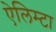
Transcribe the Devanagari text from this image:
ऐलिम्टा